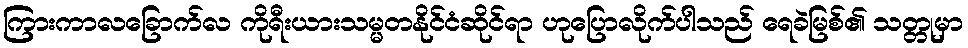
ကြားကာလခြောက်လ ကိုရီးယားသမ္မတနိုင်ငံဆိုင်ရာ ဟုပြောလိုက်ပါသည် ရေခဲမြစ်၏ သတ္တုမှာ